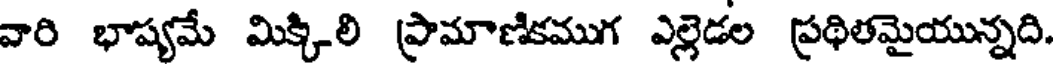
వారి భాష్యమే మిక్కిలి ప్రామాణికముగ ఎల్లెడల ప్రథితమైయున్నది.